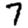
Digit: 7